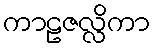
ကာဠဇလ္လိကာ